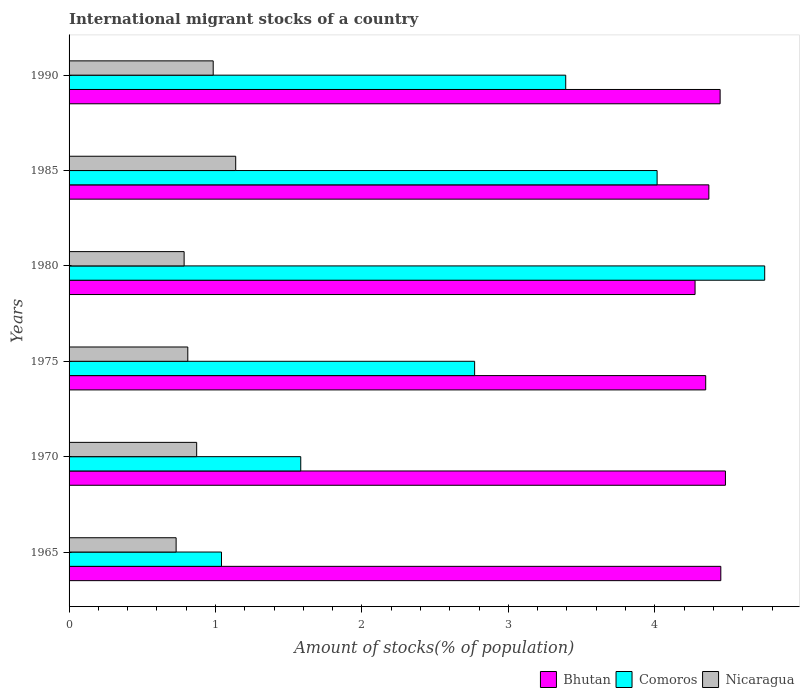
| Years | Bhutan | Comoros | Nicaragua |
 | --- | --- | --- | --- |
 | 1965 | 4.45 | 1.04 | 0.731 |
 | 1970 | 4.48 | 1.58 | 0.871 |
 | 1975 | 4.35 | 2.77 | 0.811 |
 | 1980 | 4.27 | 4.75 | 0.786 |
 | 1985 | 4.37 | 4.02 | 1.14 |
 | 1990 | 4.45 | 3.39 | 0.984 |